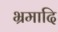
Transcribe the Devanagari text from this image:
भ्रमादि